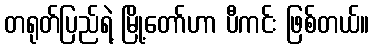
တရုတ်ပြည်ရဲ့ မြို့တော်ဟာ ပီကင်း ဖြစ်တယ်။